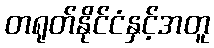
တရုတ်နိုင်ငံနှင့်အတူ